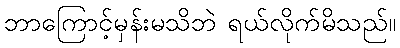
ဘာကြောင့်မှန်းမသိဘဲ ရယ်လိုက်မိသည်။